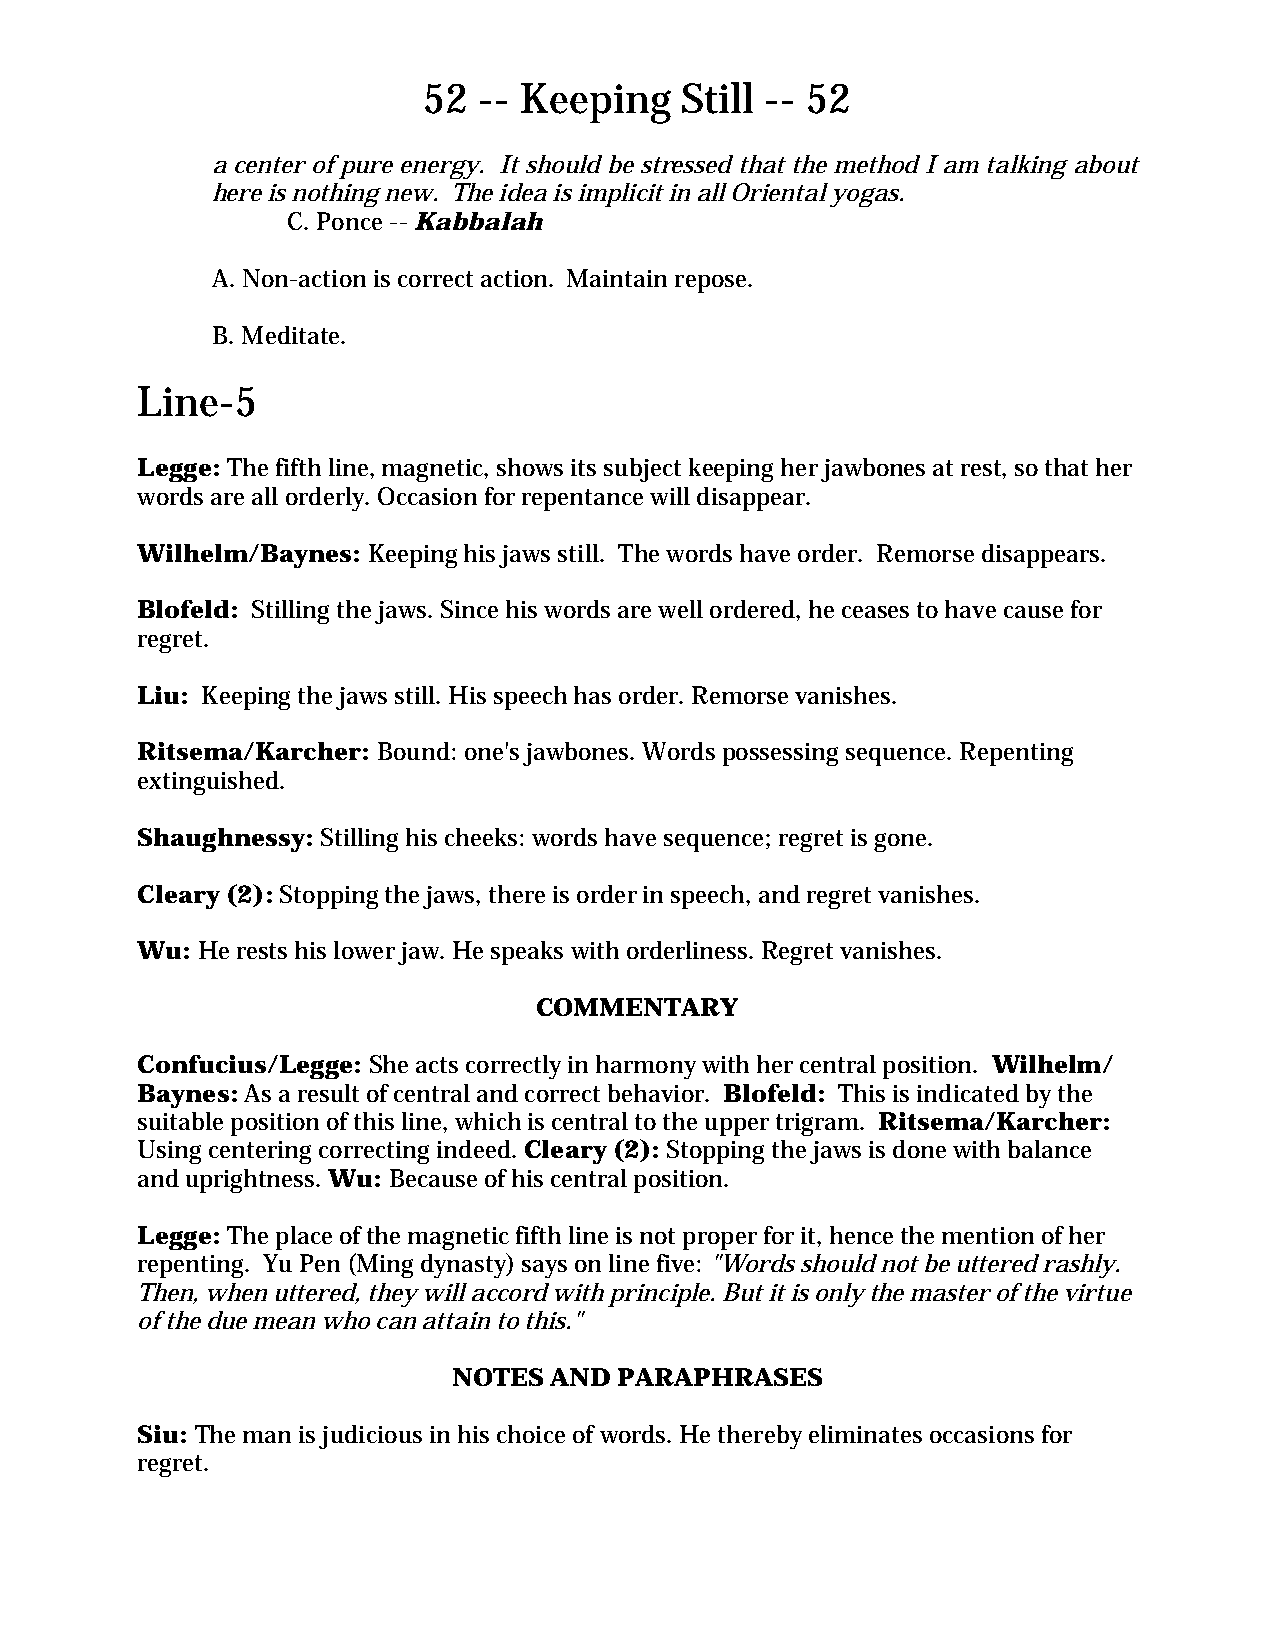
52  -- Keeping   Still -- 52
 a center of pure energy. It should be stressed that the method I am talking about
 here is nothing new. The idea is implicit in all Oriental yogas.
 C. Ponce -- Kabbalah
 A. Non-action is correct action. Maintain repose.
 B. Meditate.
 Line-5
 Legge: The fifth line, magnetic, shows its subject keeping her jawbones at rest, so that her
 words are all orderly. Occasion for repentance will disappear.
 Wilhelm/Baynes: Keeping his jaws still. The words have order. Remorse disappears.
 Blofeld: Stilling the jaws. Since his words are well ordered, he ceases to have cause for
 regret.
 Liu: Keeping the jaws still. His speech has order. Remorse vanishes.
 Ritsema/Karcher: Bound: one's jawbones. Words possessing sequence. Repenting
 extinguished.
 Shaughnessy: Stilling his cheeks: words have sequence; regret is gone.
 Cleary (2): Stopping the jaws, there is order in speech, and regret vanishes.
 Wu: He rests his lower jaw. He speaks with orderliness. Regret vanishes.
 COMMENTARY
 Confucius/Legge: She acts correctly in harmony with her central position. Wilhelm/
 Baynes: As a result of central and correct behavior. Blofeld: This is indicated by the
 suitable position of this line, which is central to the upper trigram. Ritsema/Karcher:
 Using centering correcting indeed. Cleary (2): Stopping the jaws is done with balance
 and uprightness. Wu: Because of his central position.
 Legge: The place of the magnetic fifth line is not proper for it, hence the mention of her
 repenting. Yu Pen (Ming dynasty) says on line five: "Words should not be uttered rashly.
 Then, when uttered, they will accord with principle. But it is only the master of the virtue
 of the due mean who can attain to this."
 NOTES AND  PARAPHRASES
 Siu: The man is judicious in his choice of words. He thereby eliminates occasions for
 regret.